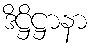
ဒိဋ္ဌိဋ္ဌာနာ